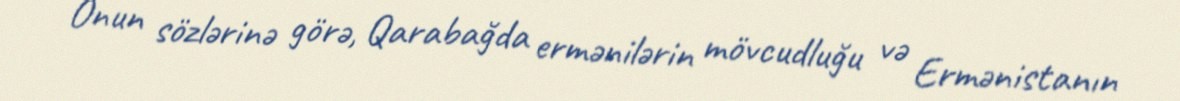
Onun sözlərinə görə, Qarabağda ermənilərin mövcudluğu və Ermənistanın